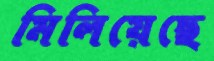
মিলিয়েছে